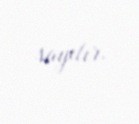
sayılır.